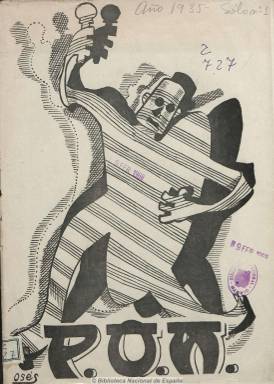
Título: P.O.M. (Madrid)
Otros títulos: Desarrollo del título: Profesores de Orquesta de Madrid
Colección: Música
Ámbito geográfico: Madrid
Lugar de publicación: Madrid
Fechas: 01/10/1935-31/07/1936

El título corresponde al anagrama de Profesores de Orquesta de Madrid, y se publica como órgano de la Asociación General de Profesores de Orquesta y Música de Madrid, sindicato de la UGT. Revista que aparece el día diez de cada mes, desde octubre de 1935 a julio de 1936, editando un total de diez números, de una veintena de páginas cada uno. Está dirigida por Leandro Aroca Ortega y su gerente es Agustín Silván Calvo. Entre sus numerosos colaboradores se encuentran Antonio Zozaya, Ramón Navarro, Jesús Aguilar, Arturo Parra, Andrés González Blanco o Juan Valcárcel, autor este de la sección “Revista de discos”; otros textos están firmados con seudónimos o iniciales. Contiene artículos doctrinales, de historia, técnicos y profesionales, así como informaciones generales concernientes al mundo profesional, asociativo, artístico y sobre orquestas y festivales de música. Resalta una serie de artículos e informaciones de actualidad sobre la vida artística de la Unión Soviética. Su cubierta es impresa a dos tintas, y en ella se da cabida a una galería de retratos de artistas, que inicia con el de Pablo Casals, sobre los que ofrece sus perfiles biográficos. Mantiene algunas polémicas con otras asociaciones, sindicatos y publicaciones y destaca la entablada entre este sindicato de izquierdas con la conservadora Sociedad General de Autores de España (SGAE). Asimismo incluye una sección de pasatiempos e inserta anuncios comerciales, con una guía profesional. Ilustrada, además de otras fotografías de orquestas, incluye dibujos y tiras cómicas, firmadas casi en su mayor parte por Osés.